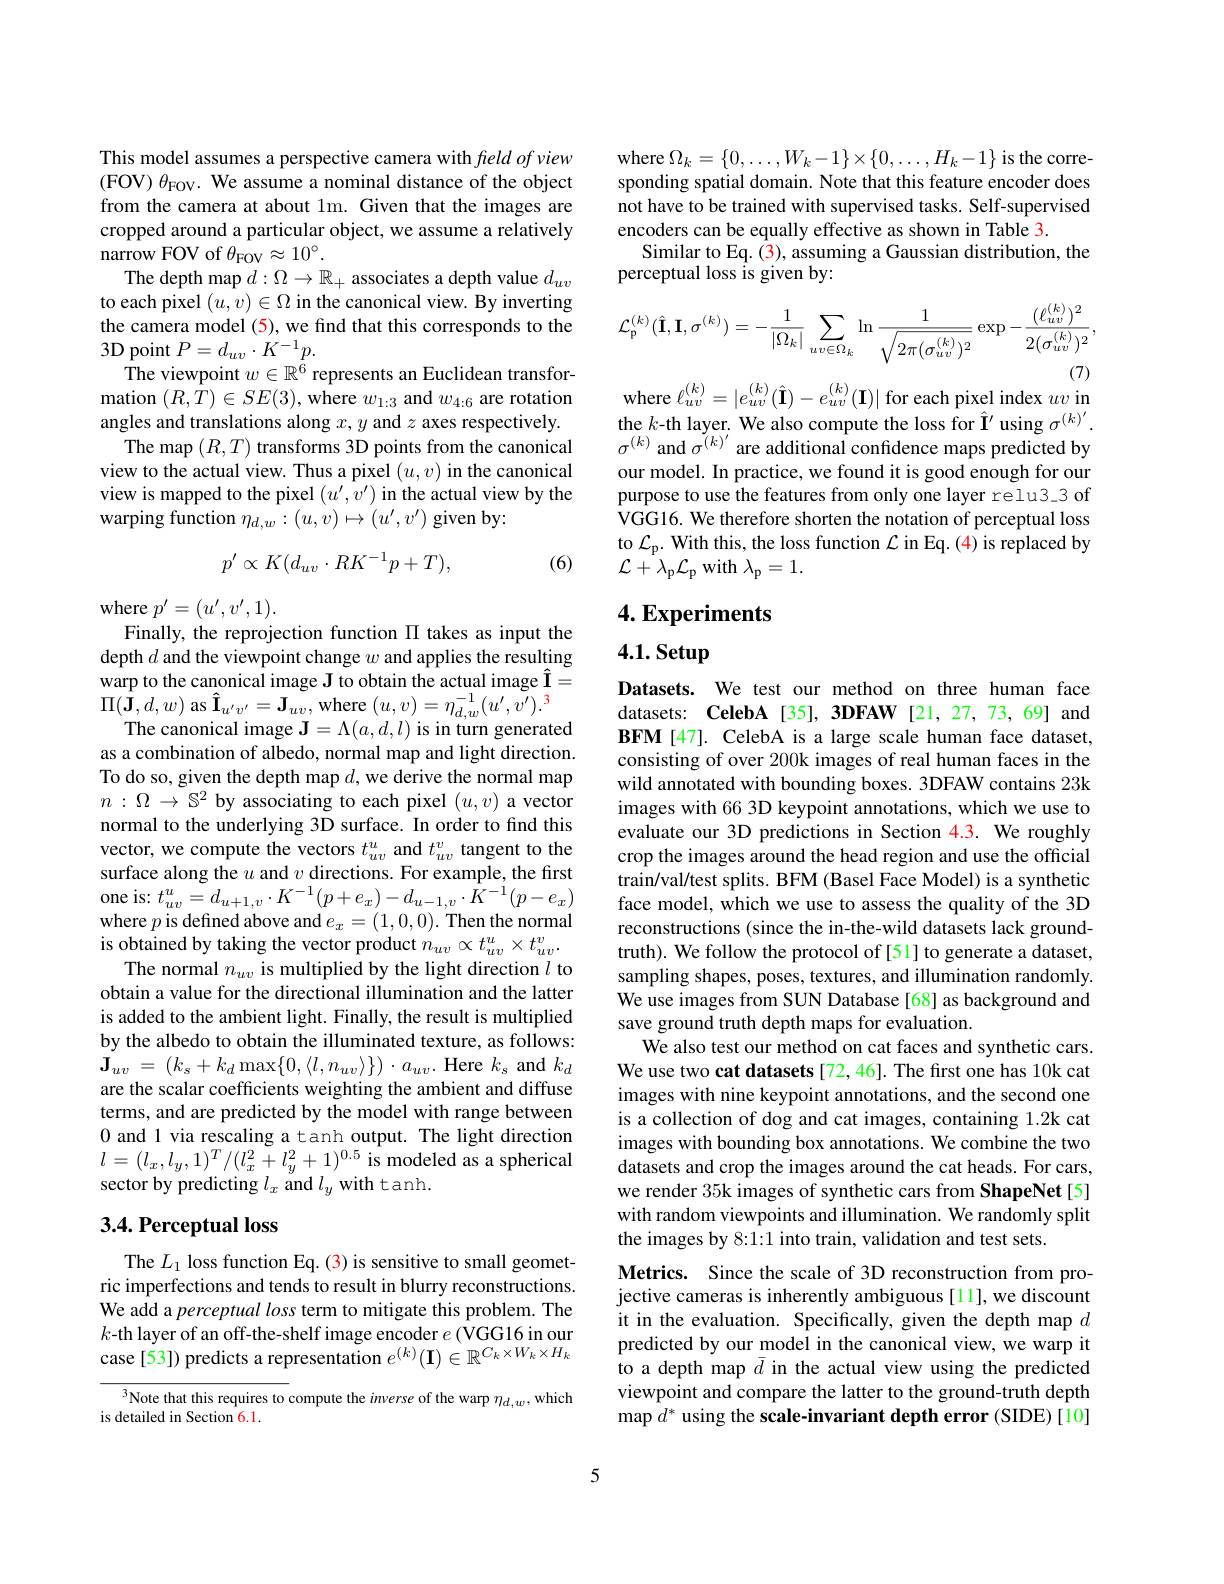
This model assumes a perspective camera with field of view (FOV) $\theta_\mathrm{FOV}.$ We assume a nominal distance of the object from the camera at about lm. Given that the images are cropped around a particular object, we assume a relatively narrow FOV of $\theta_\mathrm{FOV}\approx10^{\circ}.$
The depth map $d:\Omega\to\mathbb{R}_+$ associates a depth value $d_uv$ to each pixel $(u,v)\in\Omega$ in the canonical view. By inverting the camera model (5), we find that this corresponds to the 3D point $P=d_uv\cdot K^{-1}p.$
$\hat{\text{The viewpoint }w}\in\mathbb{R}^{\tilde{6}}$ represents an Euclidean transformation $(R,T)\in SE(3)$,where $w_1:3$ and $w_{4:6}$ are rotation angles and translations along $x,y$ and $z$ axes respectively.
The map $(R,T)$ transforms 3D points from the canonical view to the actual view. Thus a pixel $(u,v)$ in the canonical view is mapped to the pixel $(u^{\prime},v^{\prime})$ in the actual view by the warping function $\eta_{d,w}:(u,v)\mapsto(u^{\prime},v^{\prime})$ given by:
$$p'\propto K(d_{uv}\cdot RK^{-1}p+T),$$
(6)

where $p^\prime=(u^{\prime},v^{\prime},1).$
Finally, the reprojection function $\Pi$ takes as input the depth $d$ and the viewpoint change $w$ and applies the resulting warp to the canonical image J to obtain the actual image $\hat{\mathbf{I}}=$ $\Pi(\mathbf{J},d,w)$ as $\hat{\mathbf{I}}_{u^{\prime}v^{\prime}}=\mathbf{J}_{uv}$, where $(u,v)=\eta_{d,w}^{-1}(u^{\prime},v^{\prime}).^{3}$
The canonical image $\mathbf{J}=\Lambda(a,d,l)$ is in turn generated as a combination of albedo, normal map and light direction. To do so, given the depth map $d$, we derive the normal map $n:\Omega\to\mathbb{S}^2$ by associating to each pixel $(u,v)$ a vector normal to the underlying 3D surface. In order to find this vector, we compute the vectors $t_{uv}^{u}$ and $t_{uv}^{v}$ tangent to the surface along the $u$ and $v$ directions. For example, the first one is: $t_{uv}^{u}=d_{u+1,v}\cdot K^{-1}(p+e_{x})-d_{u-1,v}\cdot\hat{K}^{-1}(p-e_{x})$ where $p$ is defined above and $e_x=(1,0,0).$ Then the normal $\dot{\text{is obtained by taking the vector product }n}_{uv}\propto t_{uv}^{u}\times t_{uv}^{v}.$
The normal $n_uv$ is multiplied by the light direction $l$ to obtain a value for the directional illumination and the latter is added to the ambient light. Finally, the result is multiplied by the albedo to obtain the illuminated texture, as follows: $\mathbf{J} _{uv}$ = $( k_{s}+ k_{d}\max \{ 0, \langle l, n_{uv}\rangle \} )$ $\cdot a_{uv}.$ Here $k_{s}$ and $k_d$ are the scalar coefficients weighting the ambient and diffuse terms, and are predicted by the model with range between 0 and 1 via rescaling a tanh output. The light direction $l=(l_{x},l_{y},1)^{T}/(l_{x}^{2}+l_{y}^{2}+1)^{0.5}$ is modeled as a spherical sector by predicting $l_x$ and $l_y$ with tanh.

## 3.4. Perceptual loss

The $L_{1}$ loss function Eq. (3) is sensitive to small geometric imperfections and tends to result in blurry reconstructions We add a perceptual loss term to mitigate this problem. The $k$-th layer of an off-the-shelf image encoder $e($VGG16 in our case[53]) predicts a representation $e^(k)(\mathbf{I})\in\mathbb{R}^{C_k\times W_k\times H_k}$

${\sqrt[3]{\text{Note that this requires to }}}$compute the inverse of the warp $\eta_d,w$,which
is detailed in Section 6.1.

where$\Omega_k=\{0,\ldots,W_{k}-1\}\times\{0,\ldots,H_{k}-1\}$is the corresponding spatial domain. Note that this feature encoder does not have to be trained with supervised tasks. Self-supervised encoders can be equally effective as shown in Table 3
Similar to Eq. (3), assuming a Gaussian distribution, the
perceptual loss is given by:
$$\mathcal{L}_{\mathfrak{p}}^{(k)}(\hat{\mathbf{I}},\mathbf{I},\sigma^{(k)})=-\frac{1}{|\Omega_{k}|}\sum_{uv\in\Omega_{k}}\ln\frac{1}{\sqrt{2\pi(\sigma_{uv}^{(k)})^{2}}}\exp-\frac{(\ell_{uv}^{(k)})^{2}}{2(\sigma_{uv}^{(k)})^{2}},$$
where $\ell_uv^{(k)}=|e_{uv}^{(k)}(\hat{\mathbf{I}})-e_{uv}^{(k)}(\mathbf{I})|$ for each pixel index $uv$ in

the $k$-th layer. We also compute the loss for Î' using $\sigma^{(k)^{\prime}}.$ $\sigma^{(k)}$ and $\tilde\sigma^{(k)^{\prime}}$ are additional confidence maps predicted by our model. In practice, we found it is good enough for our purpose to use the features from only one layer relu3 3 of VGG16. We therefore shorten the notation of perceptual loss to $\mathcal{L}_{\mathrm{p}}.$ With this, the loss function $\mathcal{L}$ in Eq. (4) is replaced by ${\mathcal L}+^{\mathrm{r}}\lambda_{\mathrm{p}}{\mathcal L}_{\mathrm{p}}$ with $\lambda_\mathrm{p}=1.$

$4. \textbf{Experiments}$

4.1. Setup

Datasets. We test our method on three human face datasets: CelebA [35], 3DFAW [21,27,73,69] and BFM [47]. CelebA is a large scale human face dataset, consisting of over 200k images of real human faces in the wild annotated with bounding boxes. 3DFAW contains 23k images with 66 3D keypoint annotations, which we use to evaluate our 3D predictions in Section 4.3. We roughly crop the images around the head region and use the official train/val/test splits. BFM (Basel Face Model) is a synthetic face model, which we use to assess the quality of the 3D reconstructions (since the in-the-wild datasets lack groundtruth). We follow the protocol of [51] to generate a dataset, sampling shapes, poses, textures, and illumination randomly. We use images from SUN Database[68] as background and save ground truth depth maps for evaluation.
We also test our method on cat faces and synthetic cars We use two cat datasets [72, 46]. The first one has 10k cat images with nine keypoint annotations, and the second one is a collection of dog and cat images, containing 1.2k cat images with bounding box annotations. We combine the two datasets and crop the images around the cat heads. For cars, we render 35k images of synthetic cars from ShapeNet[5] with random viewpoints and illumination. We randomly split the images by 8:1:1 into train, validation and test sets.
Metrics. Since the scale of 3D reconstruction from projective cameras is inherently ambiguous [11], we discount it in the evaluation. Specifically, given the depth map $d$ predicted by our model in the canonical view, we warp it to a depth map $\bar{d}$ in the actual view using the predicted viewpoint and compare the latter to the ground-truth depth map $d^*$ using the scale-invariant depth error (SIDE)[10]

5